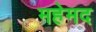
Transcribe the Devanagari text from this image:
महेमद